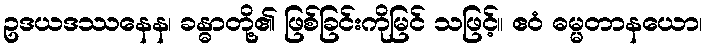
ဥဒယဒဿနေန၊ ခန္ဓာတို့၏ ဖြစ်ခြင်းကိုမြင် သဖြင့်။ ဧဝံ ဓမ္မတာနယော၊